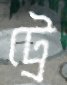
ট্রে